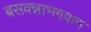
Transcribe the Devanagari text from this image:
बसवन्नाभगवान